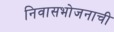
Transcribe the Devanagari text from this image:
निवासभोजनाची